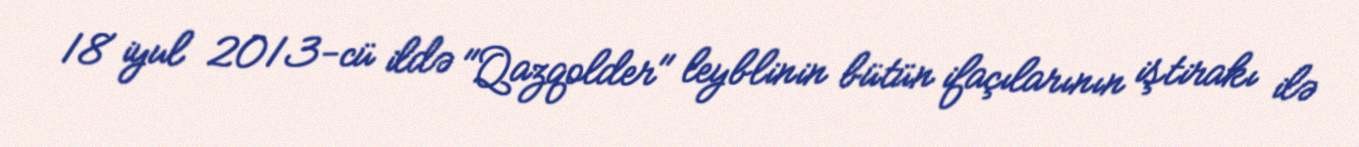
18 iyul 2013-cü ildə "Qazqolder" leyblinin bütün ifaçılarının iştirakı ilə